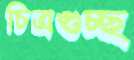
চিত্রগুচ্ছ